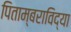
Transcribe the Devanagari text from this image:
पिताम्बराविद्या